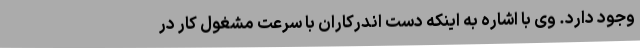
وجود دارد. وی با اشاره به اینکه دست اندرکاران با سرعت مشغول کار در